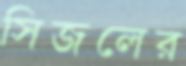
সিজলের